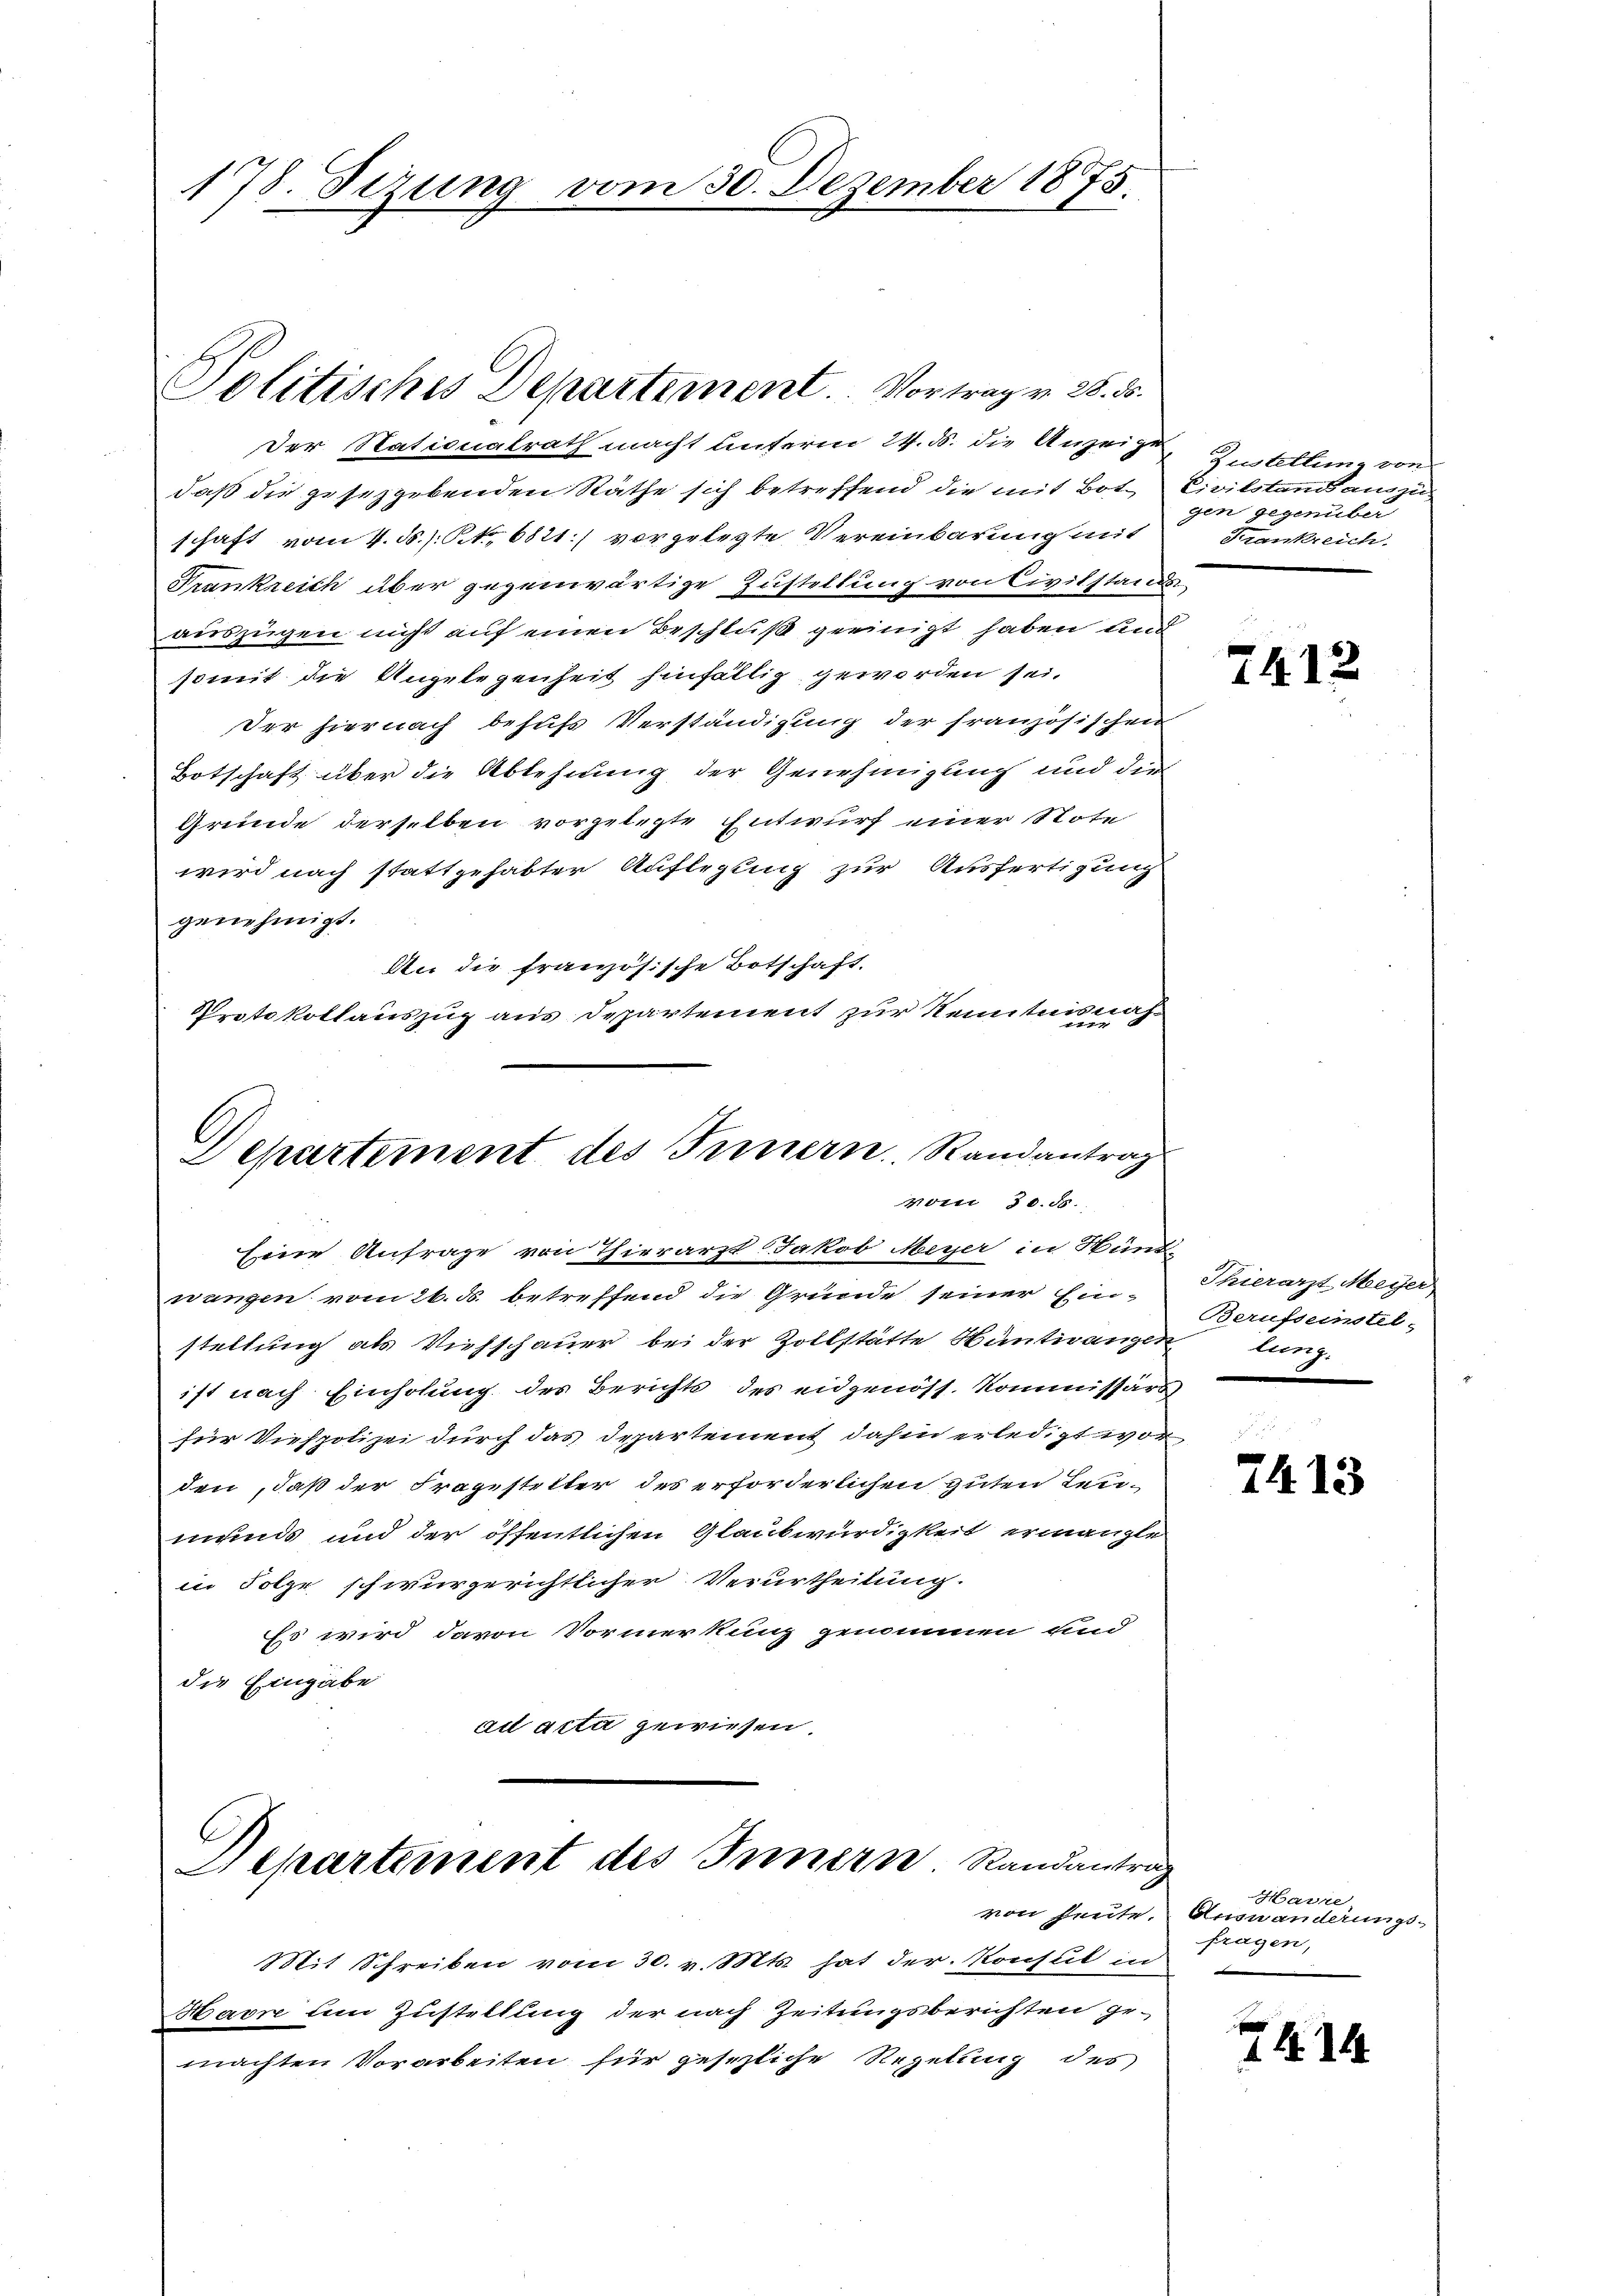
178. Sizung vom 30. Dezember 1875.

Der Nationalrath macht unterm 24. d. die Anzeige
daß die gesetzgebenden Näthe sich betreffend die mit Botschaft vom 4. d. h. Rt. 6821) vorgelegte Vereinbarung mit
Frankreich über gegenwärtige Zustellung von Civilstands-
auszügen nicht auf einen Beschluß geeinigt haben und
somit die Angelegenheit hinfällig geworden sei.
Der hiernach behufs Verständigung der französischen
Botschaft über die Ablehnung der Genehmigung und die
Grunde derselben vorgelegte Entwurf einer Note
wird nach stattgehabter Auflegung zur Ausfertigung
genehmigt.
An die französische Botschaft.
h
Protokollauszug aus Departement zur Kenntnis
Departement des Innern. Standantrags

Politisches Departement. - Vortrag v. 2. d.

vom 30. ds.

Departement des Innern Randantrag

Mit Schreiben vom 30. v. Mts. hat der Konsul in
Marn dem Zustellung der nach Zeitungsberichten gemachten Vorarbeiten für gesezliche Regelung des

Zustellung von
Civilstand auszu-
gen gegenüber
Frankreich.

seine Anfrage von Thierarzt Jakob Meyer in Münd-
wangen vom 26. ds. betreffend die Gründe seiner Ein-
stellung als Viehschauer bei der Zollstätte Hüntivangen lung.
ist nach Einholung des Berichts des eidgenöss. Kommissärs
für Viehpolizei durch das Departement dahin erledigt wor
den, daß der Fragesteller des erforderlichen guten Leumunds und der öffentlichen Glaubwürdigkeit ermangle
in Folge schwurgerichtlicher Verurtheilung.
Es wird davon Vormerkung genommen und
die Eingabe
ad acta gewiesen.

7412

Thierarzt Meyer
Berufseinstel-

7413

Harre
von heute. Auswanderungs-
fragen,

14